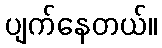
ပျက်နေတယ်။